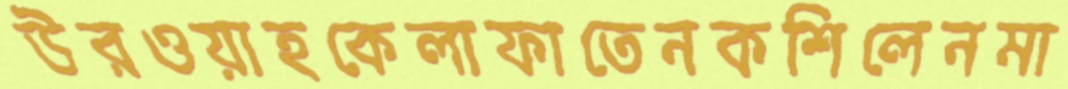
উরওয়াহকেলাফাতেনকশিলেনমা